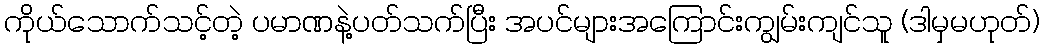
ကိုယ်သောက်သင့်တဲ့ ပမာဏနဲ့ပတ်သက်ပြီး အပင်များအကြောင်းကျွမ်းကျင်သူ (ဒါမှမဟုတ်)